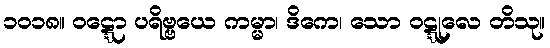
၁၀၁၈။ ဝဋ္ဋော ပရိဗ္ဗယေ ကမ္မာ၊ ဒိကေ၊ သော ဝဋ္ဋုလေ တိသု။